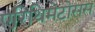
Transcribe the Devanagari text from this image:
एरिथिमेटोसस